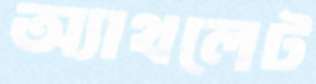
অ্যাথলেট